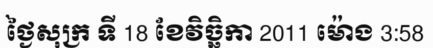
ថ្ងៃសុក្រ ទី 18 ខែវិច្ឆិកា 2011 ម៉ោង 3:58